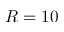
R = 1 0